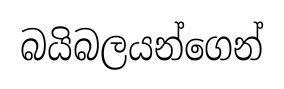
බයිබලයන්ගෙන්